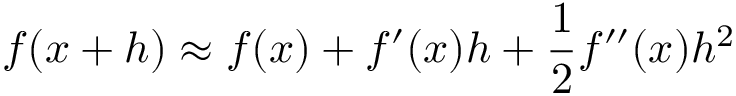
f ( x + h ) \approx f ( x ) + f ^ { \prime } ( x ) h + { \frac { 1 } { 2 } } f ^ { \prime \prime } ( x ) h ^ { 2 }